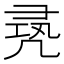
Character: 𠙛